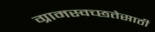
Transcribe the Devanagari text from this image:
ग्रामस्वच्छतेसाठी